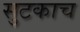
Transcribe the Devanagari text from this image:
सुटकाच